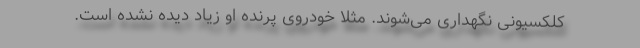
کلکسیونی نگهداری می‌شوند. مثلا خودروی پرنده او زیاد دیده نشده است.